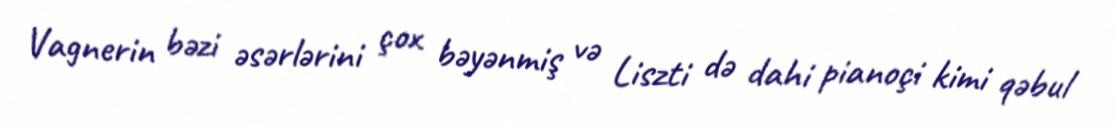
Vagnerin bəzi əsərlərini çox bəyənmiş və Liszti də dahi pianoçi kimi qəbul